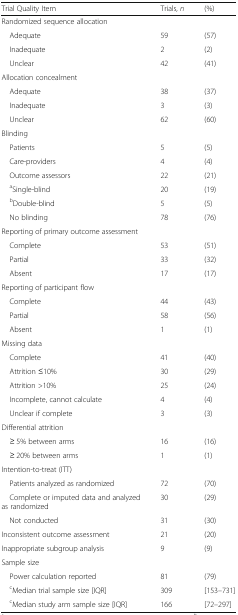
<table><thead><tr><td><b>Trial Quality Item</b></td><td><b>Trials, <i>n</i></b></td><td><b>(%)</b></td></tr></thead><tbody><tr><td colspan="3">Randomized sequence allocation</td></tr><tr><td> Adequate</td><td>59</td><td>(57)</td></tr><tr><td> Inadequate</td><td>2</td><td>(2)</td></tr><tr><td> Unclear</td><td>42</td><td>(41)</td></tr><tr><td colspan="3">Allocation concealment</td></tr><tr><td> Adequate</td><td>38</td><td>(37)</td></tr><tr><td> Inadequate</td><td>3</td><td>(3)</td></tr><tr><td> Unclear</td><td>62</td><td>(60)</td></tr><tr><td colspan="3">Blinding</td></tr><tr><td> Patients</td><td>5</td><td>(5)</td></tr><tr><td> Care-providers</td><td>4</td><td>(4)</td></tr><tr><td> Outcome assessors</td><td>22</td><td>(21)</td></tr><tr><td> <sup>a</sup>Single-blind</td><td>20</td><td>(19)</td></tr><tr><td> <sup>b</sup>Double-blind</td><td>5</td><td>(5)</td></tr><tr><td> No blinding</td><td>78</td><td>(76)</td></tr><tr><td colspan="3">Reporting of primary outcome assessment</td></tr><tr><td> Complete</td><td>53</td><td>(51)</td></tr><tr><td> Partial</td><td>33</td><td>(32)</td></tr><tr><td> Absent</td><td>17</td><td>(17)</td></tr><tr><td colspan="3">Reporting of participant flow</td></tr><tr><td> Complete</td><td>44</td><td>(43)</td></tr><tr><td> Partial</td><td>58</td><td>(56)</td></tr><tr><td> Absent</td><td>1</td><td>(1)</td></tr><tr><td colspan="3">Missing data</td></tr><tr><td> Complete</td><td>41</td><td>(40)</td></tr><tr><td> Attrition ≤10%</td><td>30</td><td>(29)</td></tr><tr><td> Attrition &gt;10%</td><td>25</td><td>(24)</td></tr><tr><td> Incomplete, cannot calculate</td><td>4</td><td>(4)</td></tr><tr><td> Unclear if complete</td><td>3</td><td>(3)</td></tr><tr><td colspan="3">Differential attrition</td></tr><tr><td> ≥ 5% between arms</td><td>16</td><td>(16)</td></tr><tr><td> ≥ 20% between arms</td><td>1</td><td>(1)</td></tr><tr><td colspan="3">Intention-to-treat (ITT)</td></tr><tr><td> Patients analyzed as randomized</td><td>72</td><td>(70)</td></tr><tr><td> Complete or imputed data and analyzed as randomized</td><td>30</td><td>(29)</td></tr><tr><td> Not conducted</td><td>31</td><td>(30)</td></tr><tr><td>Inconsistent outcome assessment</td><td>21</td><td>(20)</td></tr><tr><td>Inappropriate subgroup analysis</td><td>9</td><td>(9)</td></tr><tr><td colspan="3">Sample size</td></tr><tr><td> Power calculation reported</td><td>81</td><td>(79)</td></tr><tr><td> <sup>c</sup>Median trial sample size [IQR]</td><td>309</td><td>[153–731]</td></tr><tr><td> <sup>c</sup>Median study arm sample size [IQR]</td><td>166</td><td>[72–297]</td></tr></tbody></table>